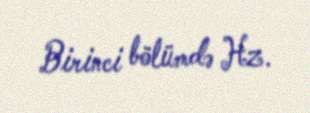
Birinci bölümdə Hz.